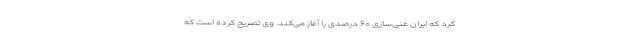
کرد که ایران غنی‌سازی ۶۰ درصدی را آغاز می‌کند. وی تصریح کرده است که